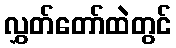
လွှတ်တော်ထဲတွင်